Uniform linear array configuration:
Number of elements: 4
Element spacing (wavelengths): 1
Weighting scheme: uniform
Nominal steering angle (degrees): -30
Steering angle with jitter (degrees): -29.845
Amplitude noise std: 0.05
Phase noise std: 0.05

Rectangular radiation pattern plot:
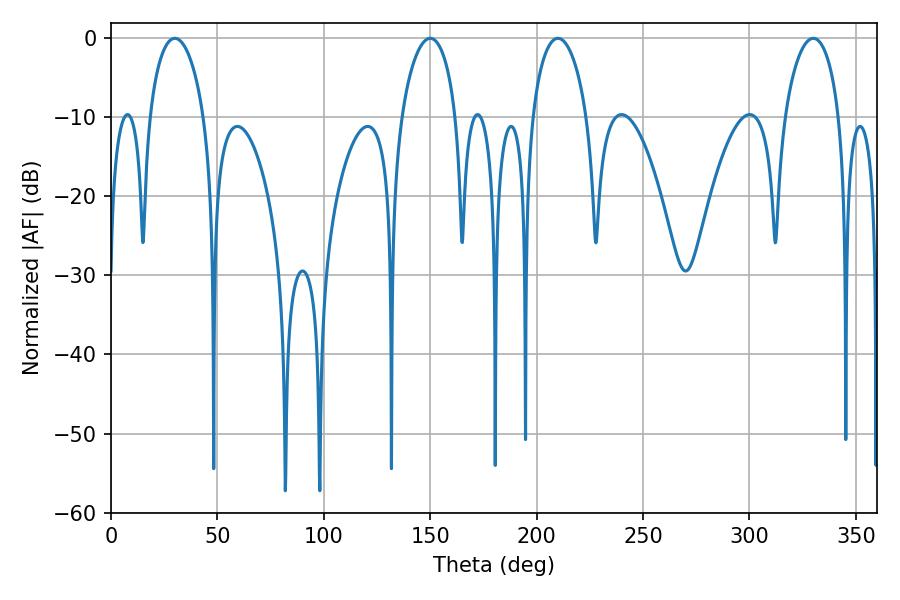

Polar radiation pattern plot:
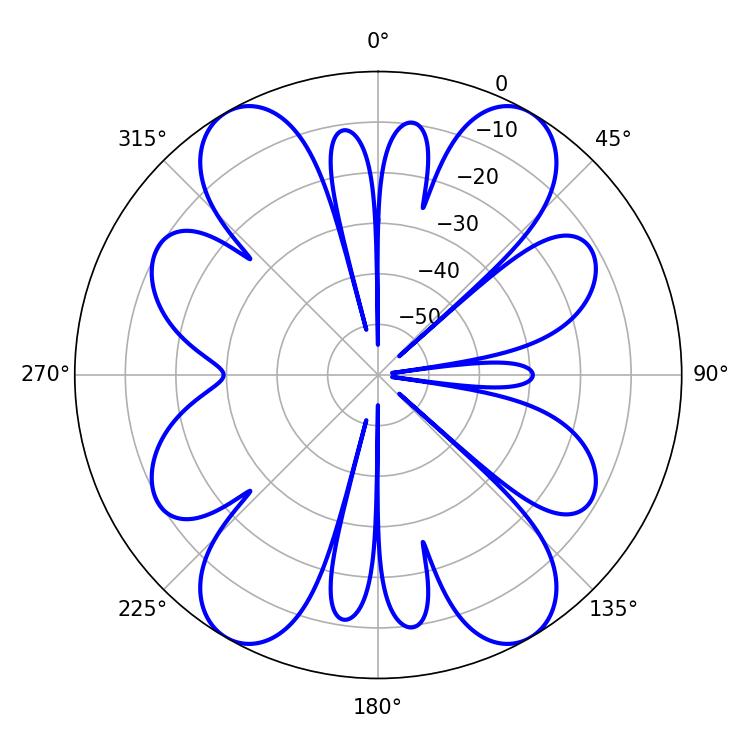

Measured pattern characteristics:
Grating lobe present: TRUE
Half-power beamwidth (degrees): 14.76
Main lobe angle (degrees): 210.06